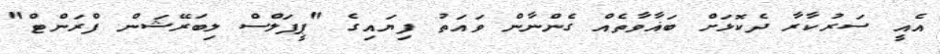
އެއީ ސަރުކާރާ ދެކޮޅަށް ބަޣާވާތެއް ގެންނާން ވައަތު ފިޔައިގެ "ޕީޕަލްސް ލިބަރޭޝަން ފްރަންޓް"